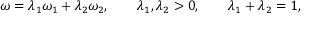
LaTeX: \omega = \lambda _ { 1 } \omega _ { 1 } + \lambda _ { 2 } \omega _ { 2 } , \qquad \lambda _ { 1 } , \lambda _ { 2 } > 0 , \qquad \lambda _ { 1 } + \lambda _ { 2 } = 1 ,